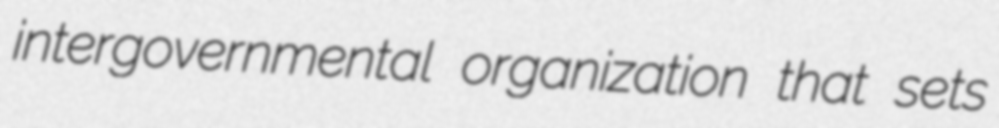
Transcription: intergovernmental organization that sets